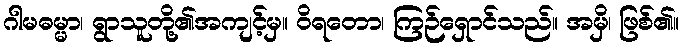
ဂါမဓမ္မာ၊ ရွာသူတို့၏အကျင့်မှ။ ဝိရတော၊ ကြဉ်ရှောင်သည်။ အမှိ၊ ဖြစ်၏။